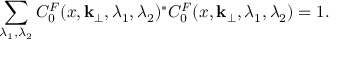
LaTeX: \sum _ { \lambda _ { 1 } , \lambda _ { 2 } } C _ { 0 } ^ { F } ( x , { \bf k } _ { \perp } , \lambda _ { 1 } , \lambda _ { 2 } ) ^ { \ast } C _ { 0 } ^ { F } ( x , { \bf k } _ { \perp } , \lambda _ { 1 } , \lambda _ { 2 } ) = 1 .